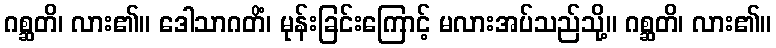
ဂစ္ဆတိ၊ လား၏။ ဒေါသာဂတိံ၊ မုန်းခြင်းကြောင့် မလားအပ်သည်သို့။ ဂစ္ဆတိ၊ လား၏။